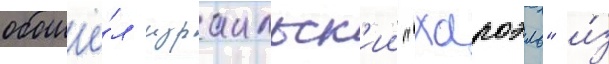
обошё́л израильск'ии "хапоэль" и́з